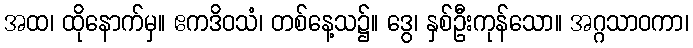
အထ၊ ထိုနောက်မှ။ ဧကဒိဝသံ၊ တစ်နေ့သ၌။ ဒွေ၊ နှစ်ဦးကုန်သော။ အဂ္ဂသာဝကာ၊